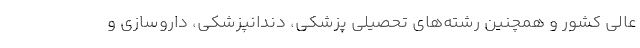
عالی کشور و همچنین رشته‌های تحصیلی پزشکی، دندانپزشکی، داروسازی و